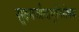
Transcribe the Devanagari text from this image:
सूक्ष्मजीवाणुनिरोधक